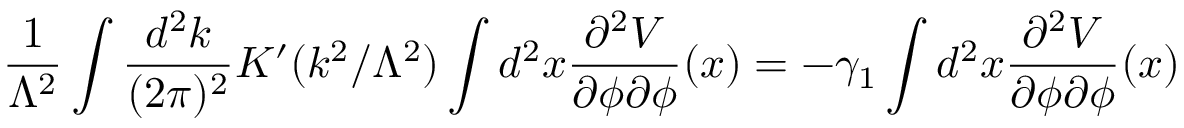
\frac { 1 } { \Lambda ^ { 2 } } \int \frac { d ^ { 2 } k } { ( 2 \pi ) ^ { 2 } } K ^ { \prime } ( k ^ { 2 } / \Lambda ^ { 2 } ) \int d ^ { 2 } x \frac { \partial ^ { 2 } { \cal V } } { \partial \phi \partial \phi } ( x ) = - \gamma _ { 1 } \int d ^ { 2 } x \frac { \partial ^ { 2 } { \cal V } } { \partial \phi \partial \phi } ( x )